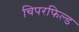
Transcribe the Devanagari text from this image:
चिपरफिल्ड